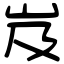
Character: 岌